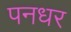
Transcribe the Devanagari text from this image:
पनधर